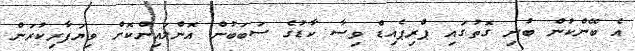
އެ ބޭންކުން ބުނި ގޮތުގައި ޕްރިޕެއިޑް ވިސާ ކާޑުގެ ސަބަބުން އޮންލައިންކޮށް ވިޔަފާރިކުރަން